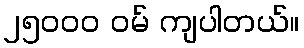
၂၅၀၀၀ ဝမ် ကျပါတယ်။